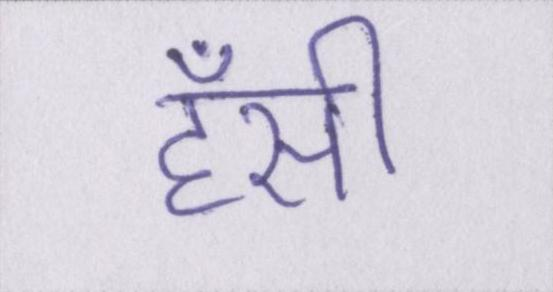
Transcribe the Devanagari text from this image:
हँसी